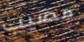
مصيب